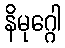
နိမုဂ္ဂေါ